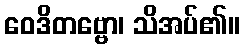
ဝေဒိတဗ္ဗော၊ သိအပ်၏။